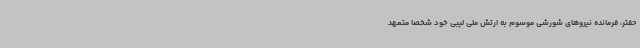
حفتر، فرمانده نیروهای شورشی موسوم به ارتش ملی لیبی خود شخصا متعهد